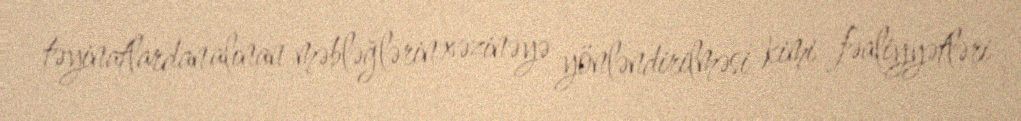
təyinatlardan alınan məbləğlərin xəzinəyə yönləndirilməsi kimi fəaliyyətləri